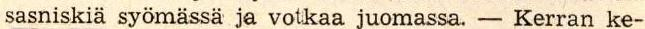
sasniskiä syömässä ja votkaa juomassa. - Kerran ke-